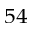
^ { 5 4 }